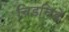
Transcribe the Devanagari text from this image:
चिडचिडे